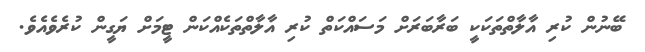
ބޭނުން ކުރި އާލާތްތަކަކީ ބަރާބަރަށް މަސައްކަތް ކުރި އާލާތްތަކެއްކަން ޓީމަށް ޔަގީން ކުރެވެއެވެ.